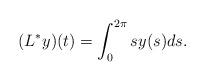
LaTeX: \begin{align*}(L^\ast y)(t) = \int_{0}^{2\pi} s y(s) ds.\end{align*}